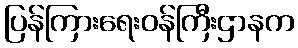
ပြန်ကြားရေးဝန်ကြီးဌာနက